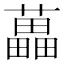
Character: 藟